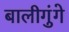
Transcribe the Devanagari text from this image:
बालीगुंगे